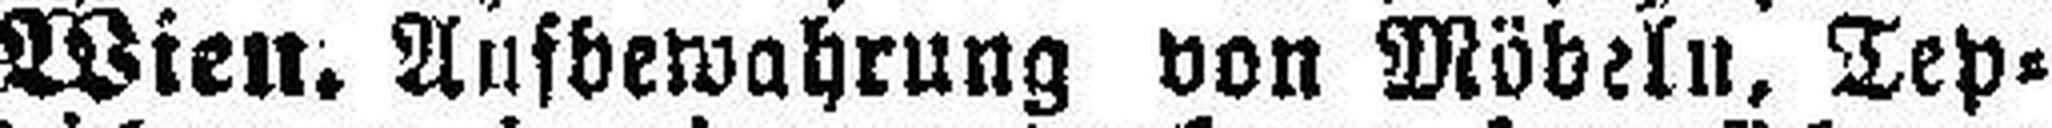
Wien. Aufbewahrung von Möbeln, Tep¬